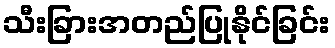
သီးခြားအတည်ပြုနိုင်ခြင်း